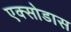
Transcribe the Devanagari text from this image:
एक्सोडास